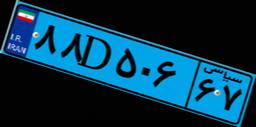
۸۸D۵۰۶۶۷